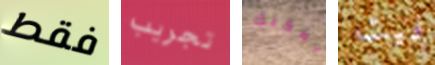
فقط تجريب يمكنك فيت